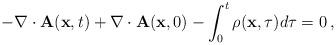
LaTeX: \begin{align*}{\displaystyle -\nabla\cdot\mathbf{A}(\mathbf{x},t) + \nabla\cdot\mathbf{A}(\mathbf{x},0) - \int_{0}^{t}\rho(\mathbf{x}, \tau) d\tau = 0 \, ,}\end{align*}